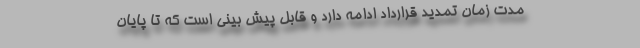
مدت زمان تمدید قرارداد ادامه دارد و قابل پیش بینی است که تا پایان